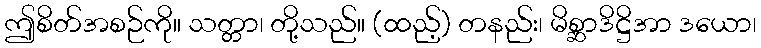
ဤစိတ်အစဉ်ကို။ သတ္တာ၊ တို့သည်။ (ထည့်) တနည်း၊ မိစ္ဆာဒိဋ္ဌိအာ ဒယော၊